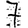
Digit: 7